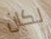
لكان